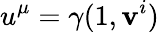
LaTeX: u^{\mu}=\gamma(1,\mathbf{v}^{i})